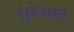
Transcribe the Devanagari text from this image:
शुरुआ़त